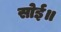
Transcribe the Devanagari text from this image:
सोई॥